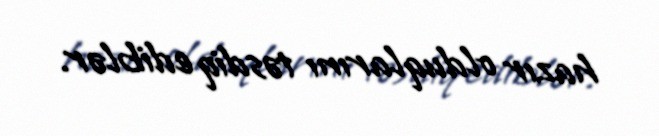
hazır olduqlarını təsdiq ediblər.